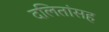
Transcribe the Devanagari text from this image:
दलितांसह